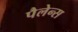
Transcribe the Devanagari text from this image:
पैलेन्स